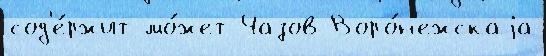
сод'е́ржит мо́жет Чазов Воро́н'ежскаjа